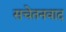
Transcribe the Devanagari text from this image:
सचेतनवाद